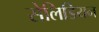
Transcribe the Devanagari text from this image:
सेलिडियन